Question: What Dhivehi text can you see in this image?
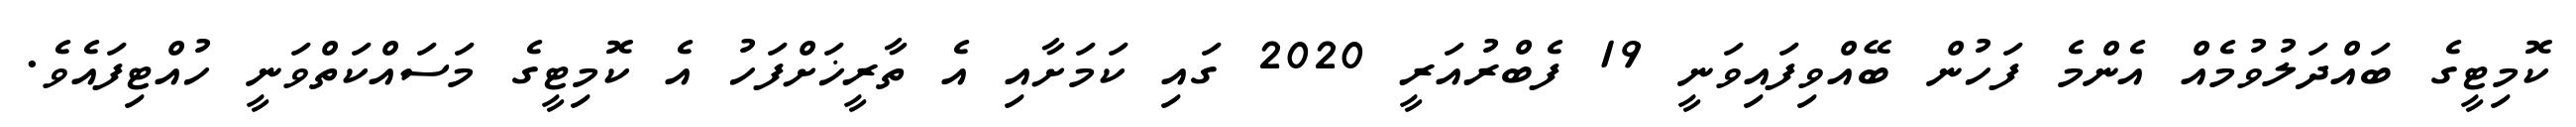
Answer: ކޮމިޓީގެ ބައްދަލުވުމެއް އެންމެ ފަހުން ބޭއްވިފައިވަނީ 19 ފެބްރުއަރީ 2020 ގައި ކަމަށާއި އެ ތާރީޚަށްފަހު އެ ކޮމިޓީގެ މަސައްކަތްވަނީ ހުއްޓިފައެވެ.